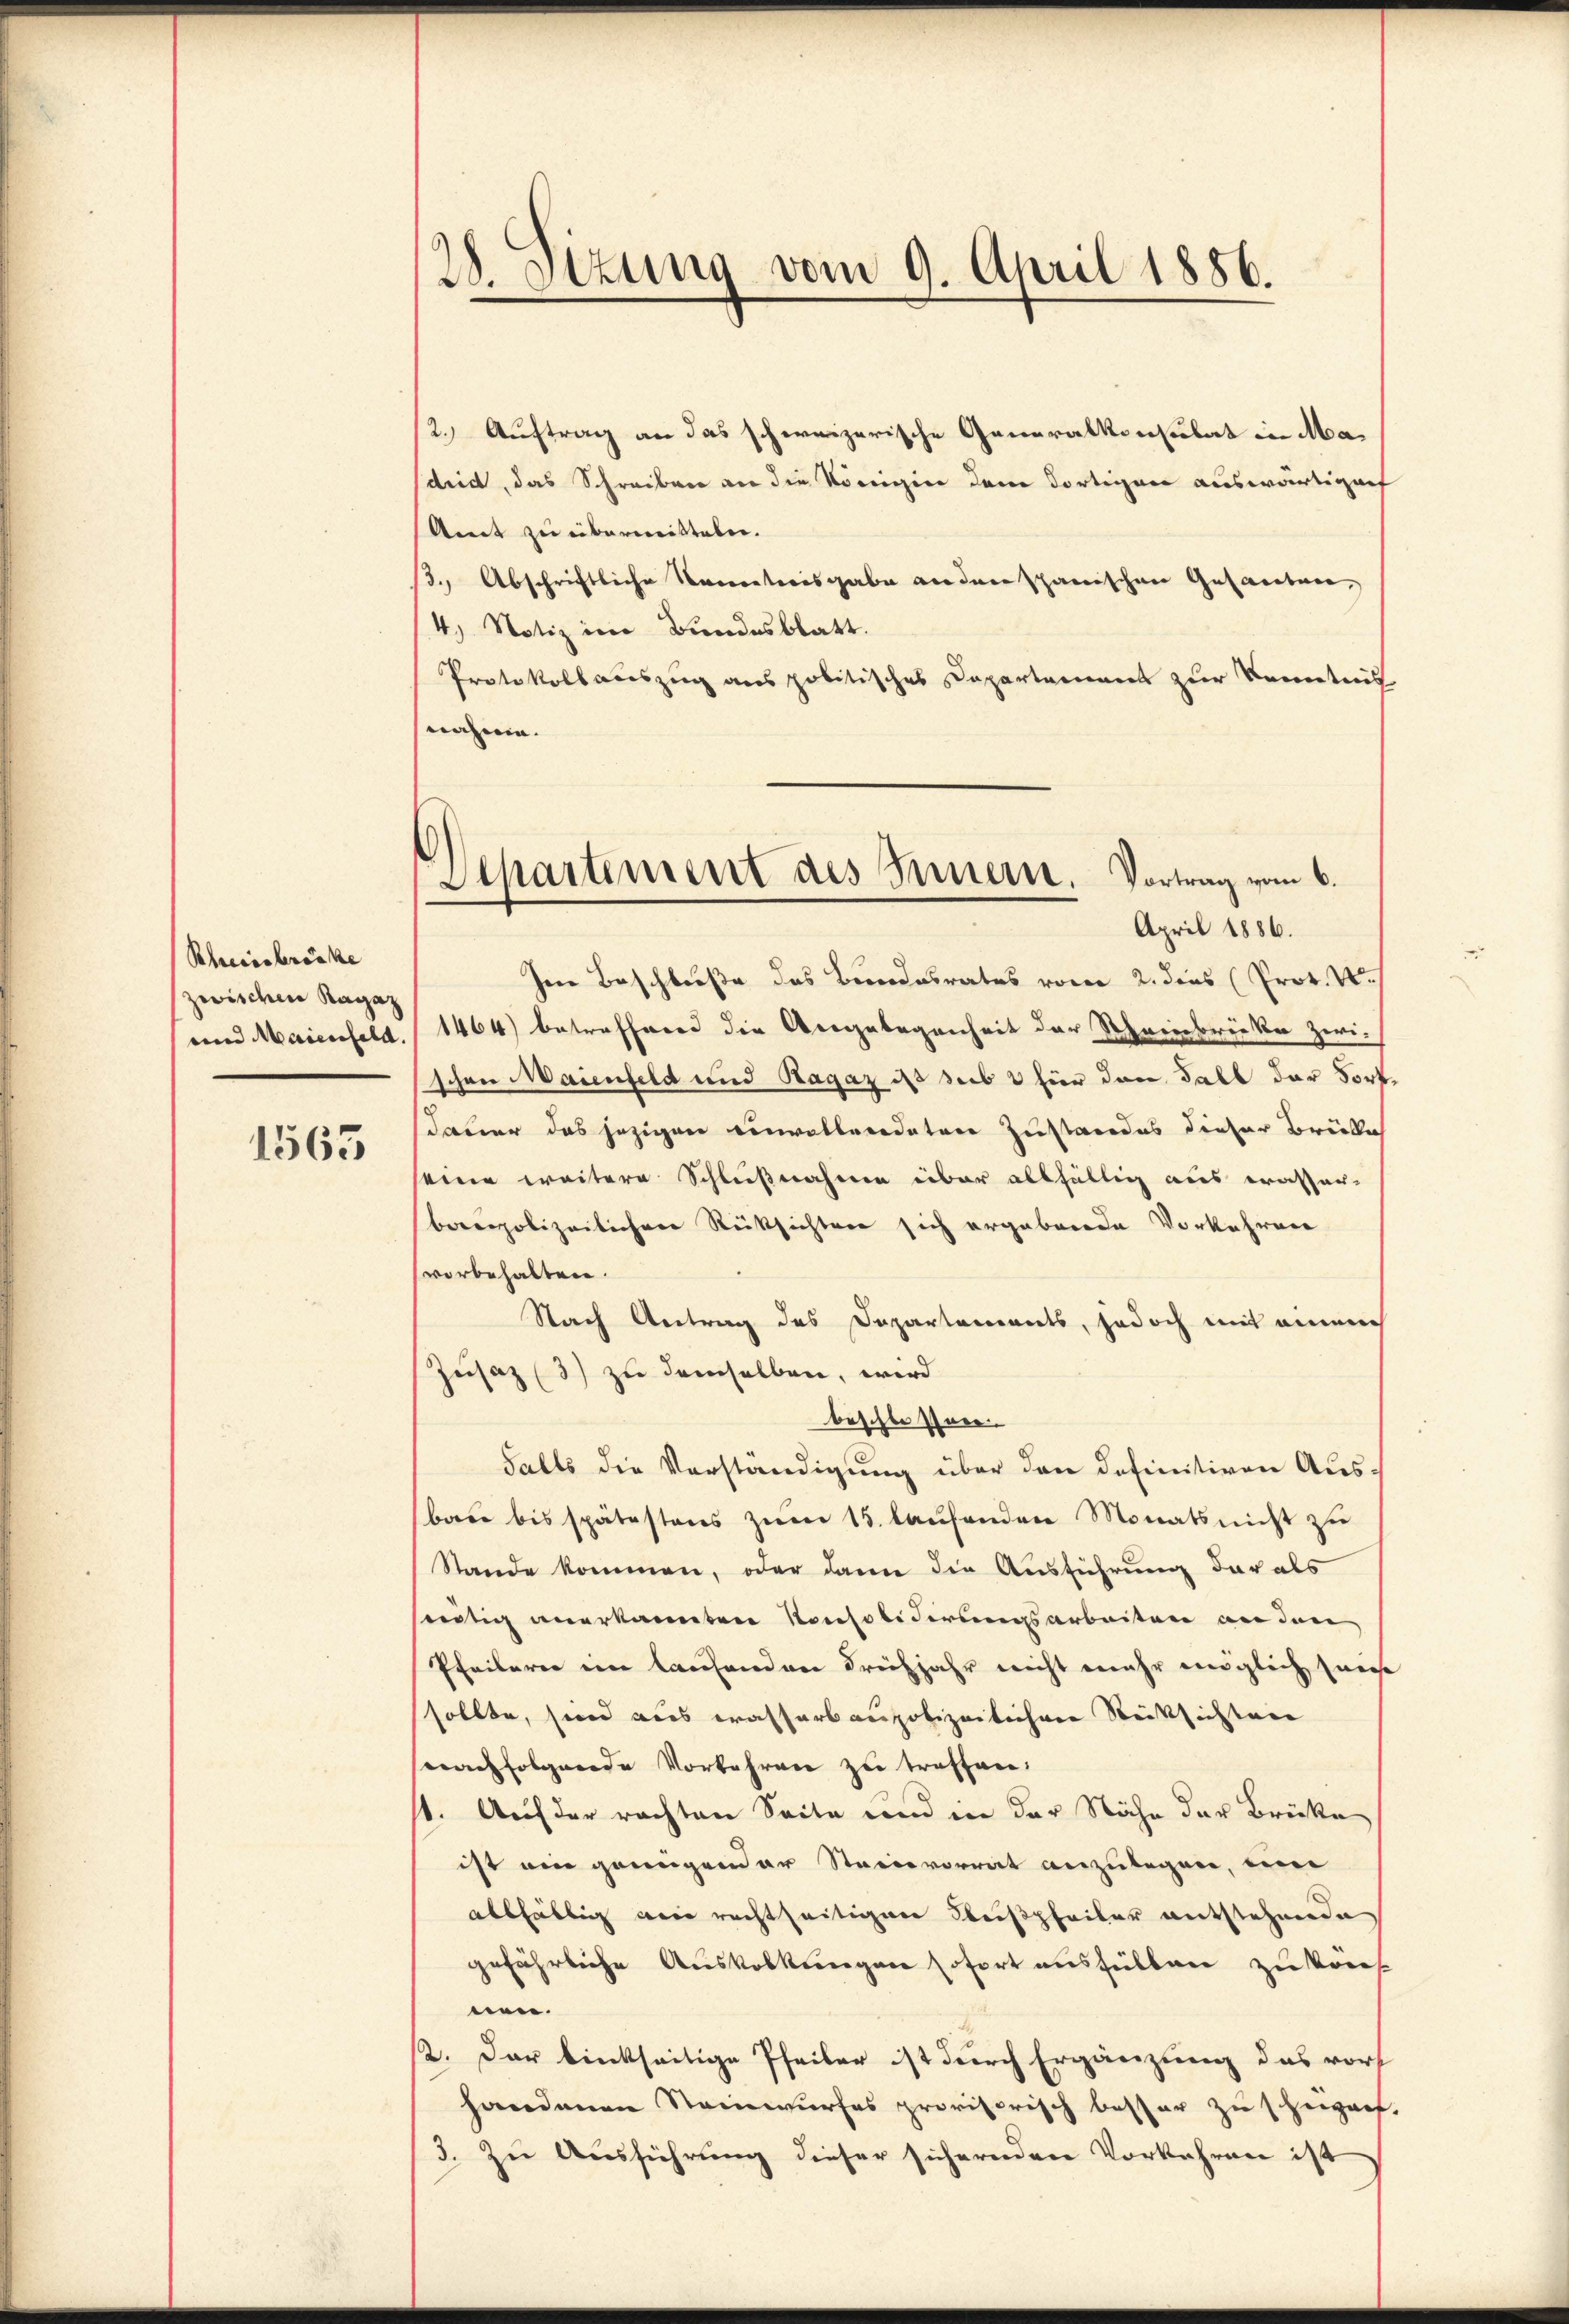
Schreibsbrücke
zwischen Ragaz
und Maienfeld.

1563

28. Setzung vom 9. April 1886.

2.) Auftrag an das schweizerische Generalkonsulat in Madrid, das Schreiben an die Königin dem dortigen auswärtigenf
Amt zu übermitteln.
3.) Abschriftliche Secretarisgabe andere schanischen Gesanten,
4.) Notiz im Bundesblatt.
Protokollauszug aus politisches Departement zur Kenntnis
nähme.

Separtement des Innern. Vortrag vom 6.
April 1886.

Im Beschluße des Bundesrates vom 2. dies Prot. W.
1464) betreffenend die Angelegenheit der Scheinbrücke zwi-
schen Maienfeld und Ragaz ist sub 2 hier den Fall der Fortdauer das jezigen Convolleredetere Zustandes dieser Brüke
eine weitere Schlußnahme über allfällig aus erasser-
berpolizeilichen Stücksichten sich ergabende Vorkehren
vorbehalten.
Nach Antrag des Departements, jedoch mit einem
Zusaz (3) zu demselben, wird
beschlossner
Falls die Verständigung über den definitiven Ausbare bis spätestens zum 15. laufenden Monats nicht zu
Stande kommen, oder dann die Ausführung dar als
seitig anerkannten Konsolidirungsarbeiten an den
Pfeilerer im laufenden Frühjahr nicht mehr möglich seies
sollte, sind aus Casserbaupolizeilichere Rücksichten
nachfolgende Vorkehren zu treffen.
1. Auf der rachten Seite und in der Nähe der Brücke
ist ein grungender Steinvorrat anzulegen, um
allfällig eine rechtseitigen Beispfeiler entstehende
gefährliche Auskorkungen sofort aushalten zu kont
nen.
12. Der linkseitige Pfeiler ist durch Ergänzung das vorhandenen Steinwurfes provisorisch besser zu schwach,
3. Zu Ausführung dieser sichernden Vorkehren ist